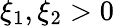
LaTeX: \xi_{1},\xi_{2}>0